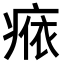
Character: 𤷴